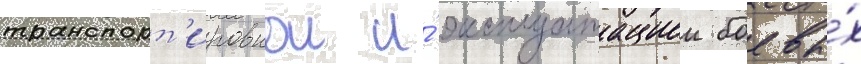
транспорт'ировкои и́ эксплуатациеи боевы́х